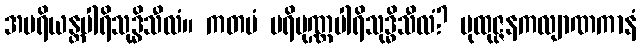
အပရိယန္တပါရိသုဒ္ဓိသီလံ။ ကတမံ ပရိပုဏ္ဏပါရိသုဒ္ဓိသီလံ? ပုထုဇ္ဇနကလျာဏကာနံ